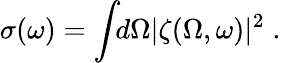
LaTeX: \sigma(\omega)=\int\! \! d\Omega|\zeta(\Omega,\omega)|^{2}\; .